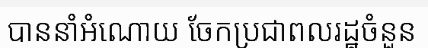
បាននាំអំណោយ ចែកប្រជាពលរដ្ឋចំនួន